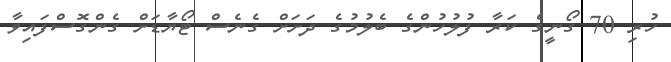
ހުރި 70 ގޯނީގެ ކަރާ ފުލުހުންގެ ބެލުމުގެ ދަށަށް ގެނެސް ޓޯޔާޑަށް ގެންގޮސްފައިވާ